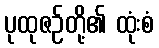
ပုထုဇဉ်တို့၏ ထုံးစံ